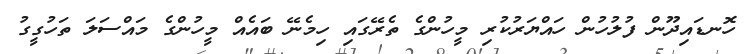
ހޮނޑައިދޫން ފުލުހުން ހައްޔަރުކުރި މީހުންގެ ތެރޭގައި ހިމެނޭ ބައެއް މީހުންގެ މައްސަލަ ތަހުގީގު